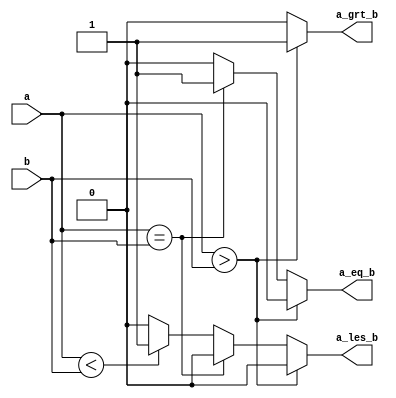
module comparator(input a,b,output reg a_grt_b,a_les_b,a_eq_b);
  always@(*)
    begin
      a_grt_b=0;a_eq_b=0;a_les_b=0;
      if(a>b)
        a_grt_b<=1'b1;
      else if(a==b)
        a_eq_b<=1'b1;
      else if(a<b)
         a_les_b<=1'b1;
        
    end
endmodule